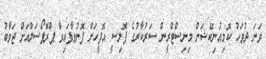
ވަނަ ދުވަހު ކޮމިއުނިކޭޝަން މިނިސްޓްރީން ސަރުކާރުގެ ޕޮލިސީ އޮފީހަށް ފޮނުވާފައިވާ ޕްރޮޕޯސަލްއަށް ޖަވާބު